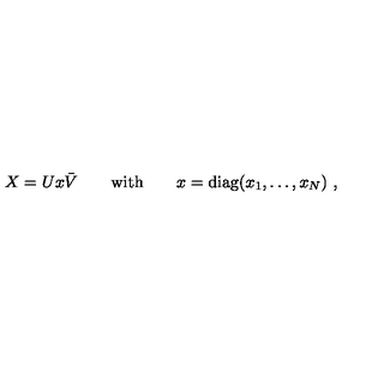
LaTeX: X = U x \bar { V } \qquad \mathrm { w i t h } \qquad x = \mathrm { d i a g } ( x _ { 1 } , \ldots , x _ { N } ) \ ,